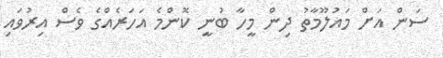
ސަން އަށް މައުލޫމާތު ދިން މީހާ ބުނީ ކޮންމެ އަހަރެއްގެ ވެސް އިރުވައި